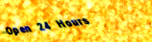
Open 24 Hours